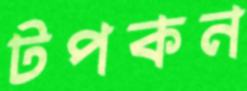
টপকন